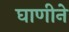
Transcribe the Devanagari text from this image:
घाणीने